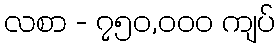
လစာ - ၇၅၀,၀၀၀ ကျပ်